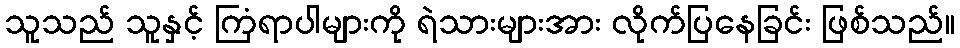
သူသည် သူနှင့် ကြံရာပါများကို ရဲသားများအား လိုက်ပြနေခြင်း ဖြစ်သည်။